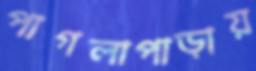
পাগলাপাড়ায়